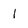
Character: I